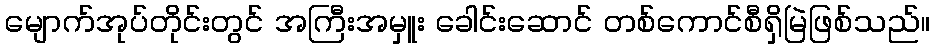
မျောက်အုပ်တိုင်းတွင် အကြီးအမှူး ခေါင်းဆောင် တစ်ကောင်စီရှိမြဲဖြစ်သည်။